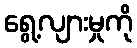
ရွေ့လျားမှုကို